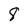
Character: 8